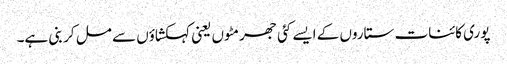
پوری کائنات ستاروں کے ایسے کئی جھرمٹوں یعنی کہکشاؤں سے مل کر بنی ہے۔